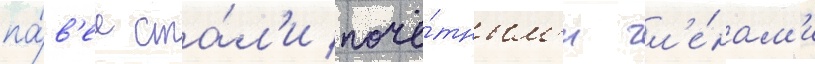
па́в'ел ста́л'и почё́тным'и чл'е́нам'и